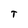
Character: T